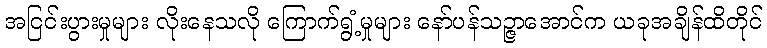
အငြင်းပွားမှုများ လိုးနေသလို ကြောက်ရွံ့မှုများ နော်ပန်သဉ္ဇာအောင်က ယခုအချိန်ထိတိုင်